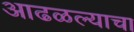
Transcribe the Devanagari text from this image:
आढळल्याचा